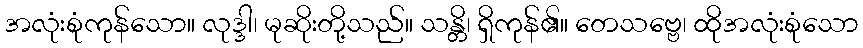
အလုံးစုံကုန်သော။ လုဒ္ဒါ၊ မုဆိုးတို့သည်။ သန္တိ၊ ရှိကုန်၏။ တေသဗ္ဗေ၊ ထိုအလုံးစုံသော